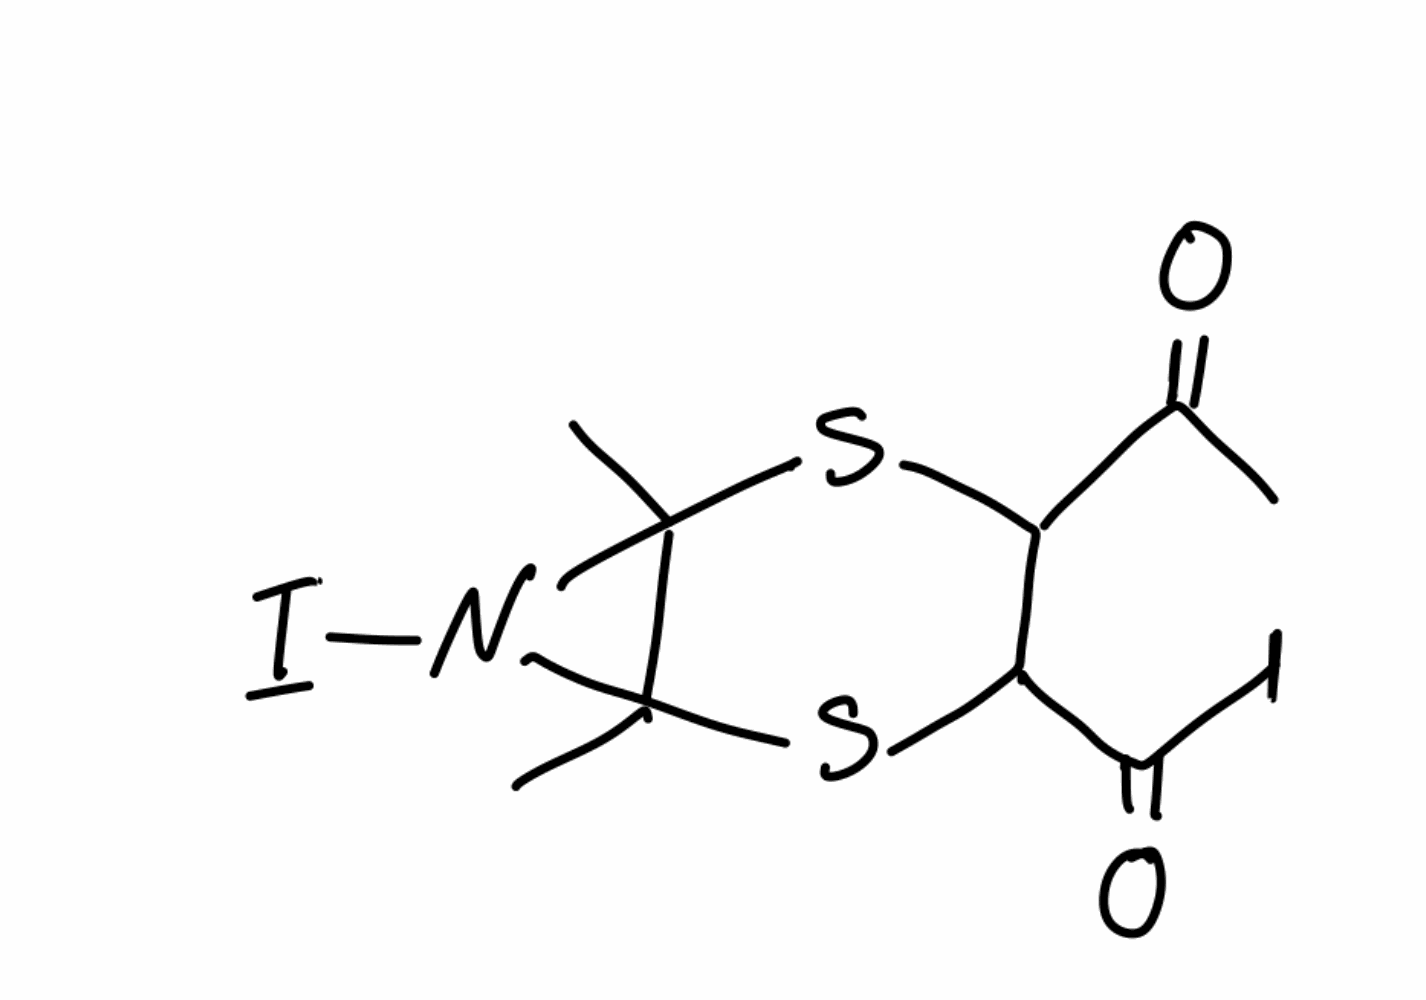
Simplified molecular-input line-entry system (SMILES) notation of the given molecule:
CC(=O)C1C(SC2(C(N2I)(S1)C)C)C(=O)I